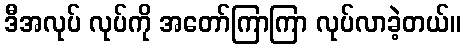
ဒီအလုပ် လုပ်ကို အတော်ကြာကြာ လုပ်လာခဲ့တယ်။